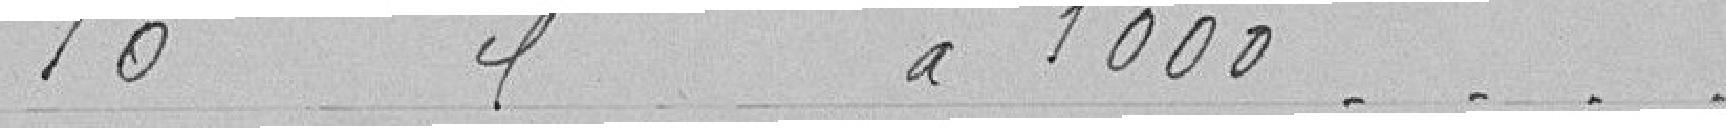
10 cantonniers à 1000